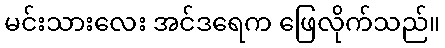
မင်းသားလေး အင်ဒရေက ဖြေလိုက်သည်။